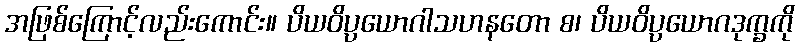
အဖြစ်ကြောင့်လည်းကောင်း။ ပိယဝိပ္ပယောဂါသဟနတော စ၊ ပိယဝိပ္ပယောဂဒုက္ခကို